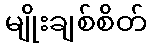
မျိုးချစ်စိတ်